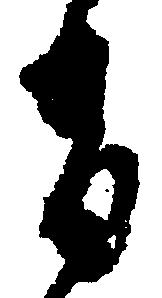
有